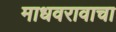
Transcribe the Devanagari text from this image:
माधवरावाचा